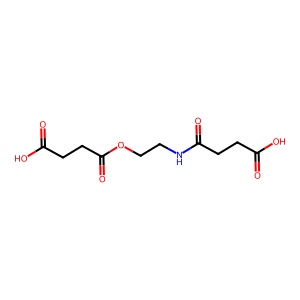
SMILES: O=C(O)CCC(=O)NCCOC(=O)CCC(=O)O
Inhibits HIV replication: No